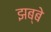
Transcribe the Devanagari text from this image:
झब्बे